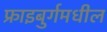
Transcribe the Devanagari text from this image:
फ्राइबुर्गमधील